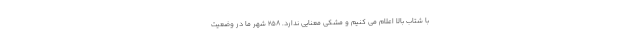
با شتاب بالا اعلام می کنیم و مشکی معنایی ندارد. ۲۵۸ شهر ما در وضعیت